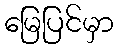
မြေပြင်မှာ